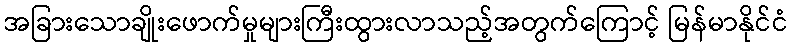
အခြားသောချိုးဖောက်မှုများကြီးထွားလာသည့်အတွက်ကြောင့် မြန်မာနိုင်ငံ